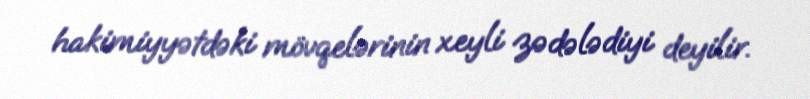
hakimiyyətdəki mövqelərinin xeyli zədələdiyi deyilir.